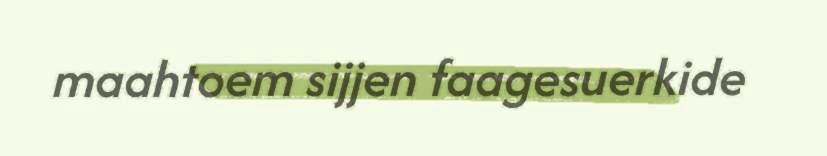
maahtoem sijjen faagesuerkide